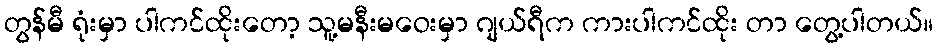
တွန်မီ ရုံးမှာ ပါကင်ထိုးတော့ သူ့မနီးမဝေးမှာ ဂျယ်ရီက ကားပါကင်ထိုး တာ တွေ့ပါတယ်။